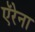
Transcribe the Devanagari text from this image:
ऍरेना